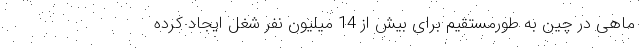
ماهی در چین به طورمستقیم برای بیش از 14 میلیون نفر شغل ایجاد کرده